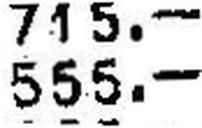
555.—